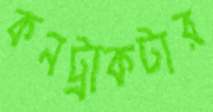
কনট্রাকটার